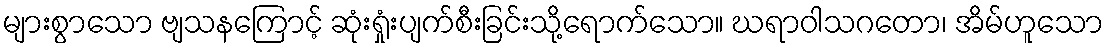
များစွာသော ဗျသနကြောင့် ဆုံးရှုံးပျက်စီးခြင်းသို့ရောက်သော။ ဃရာဝါသဂတော၊ အိမ်ဟူသော